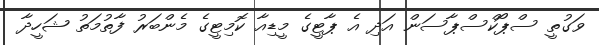
ވަގުތީ ސްޕޯކްސްޕާސަން އަދި އެ ޕާޓީގެ މީޑިއާ ކޮމިޓީގެ މެންބަރު ފާތުމަތު ޝަހީދާ